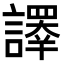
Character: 𧬳